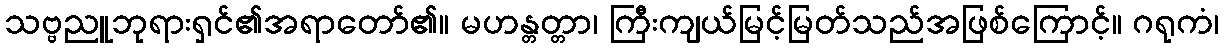
သဗ္ဗညူဘုရားရှင်၏အရာတော်၏။ မဟန္တတ္တာ၊ ကြီးကျယ်မြင့်မြတ်သည်အဖြစ်ကြောင့်။ ဂရုကံ၊